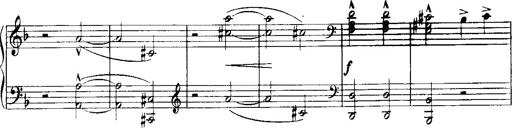
Title: Historische ungarische Bildnisse
Composer: Franz Liszt